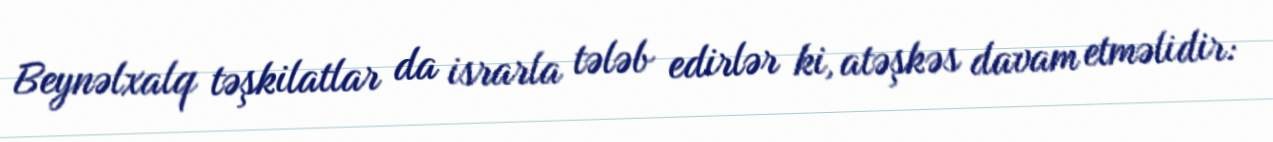
Beynəlxalq təşkilatlar da israrla tələb edirlər ki, atəşkəs davam etməlidir: